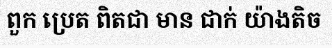
ពួក ប្រេត ពិតជា មាន ជាក់ យ៉ាងតិច